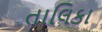
તાલિકા